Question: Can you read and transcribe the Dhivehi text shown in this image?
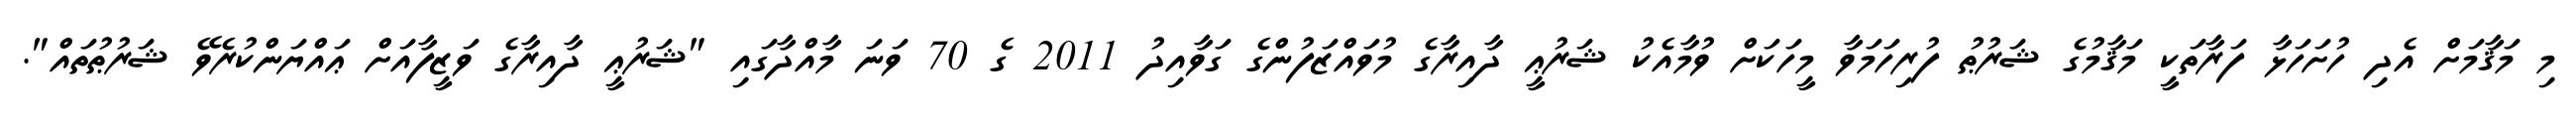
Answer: މި މަޤާމަށް އެދި ހުށަހަޅާ ފަރާތަކީ މަޤާމުގެ ޝަރުޠު ފުރިހަމަވާ މީހަކަށް ވުމާއެކު ޝަރުޢީ ދާއިރާގެ މުވައްޒަފުންގެ ގަވާއިދު 2011 ގެ 70 ވަނަ މާއްދާގައި "ޝަރުޢީ ދާއިރާގެ ވަޒީފާއަށް ޢައްޔަންކުރެވޭ ޝަރުޠުތައް".